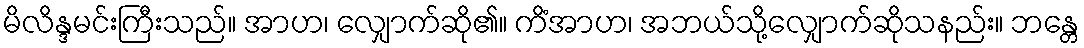
မိလိန္ဒမင်းကြီးသည်။ အာဟ၊ လျှောက်ဆို၏။ ကိံအာဟ၊ အဘယ်သို့လျှောက်ဆိုသနည်း။ ဘန္တေ